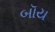
બૉય